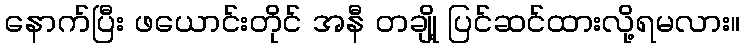
နောက်ပြီး ဖယောင်းတိုင် အနီ တချို့ ပြင်ဆင်ထားလို့ရမလား။